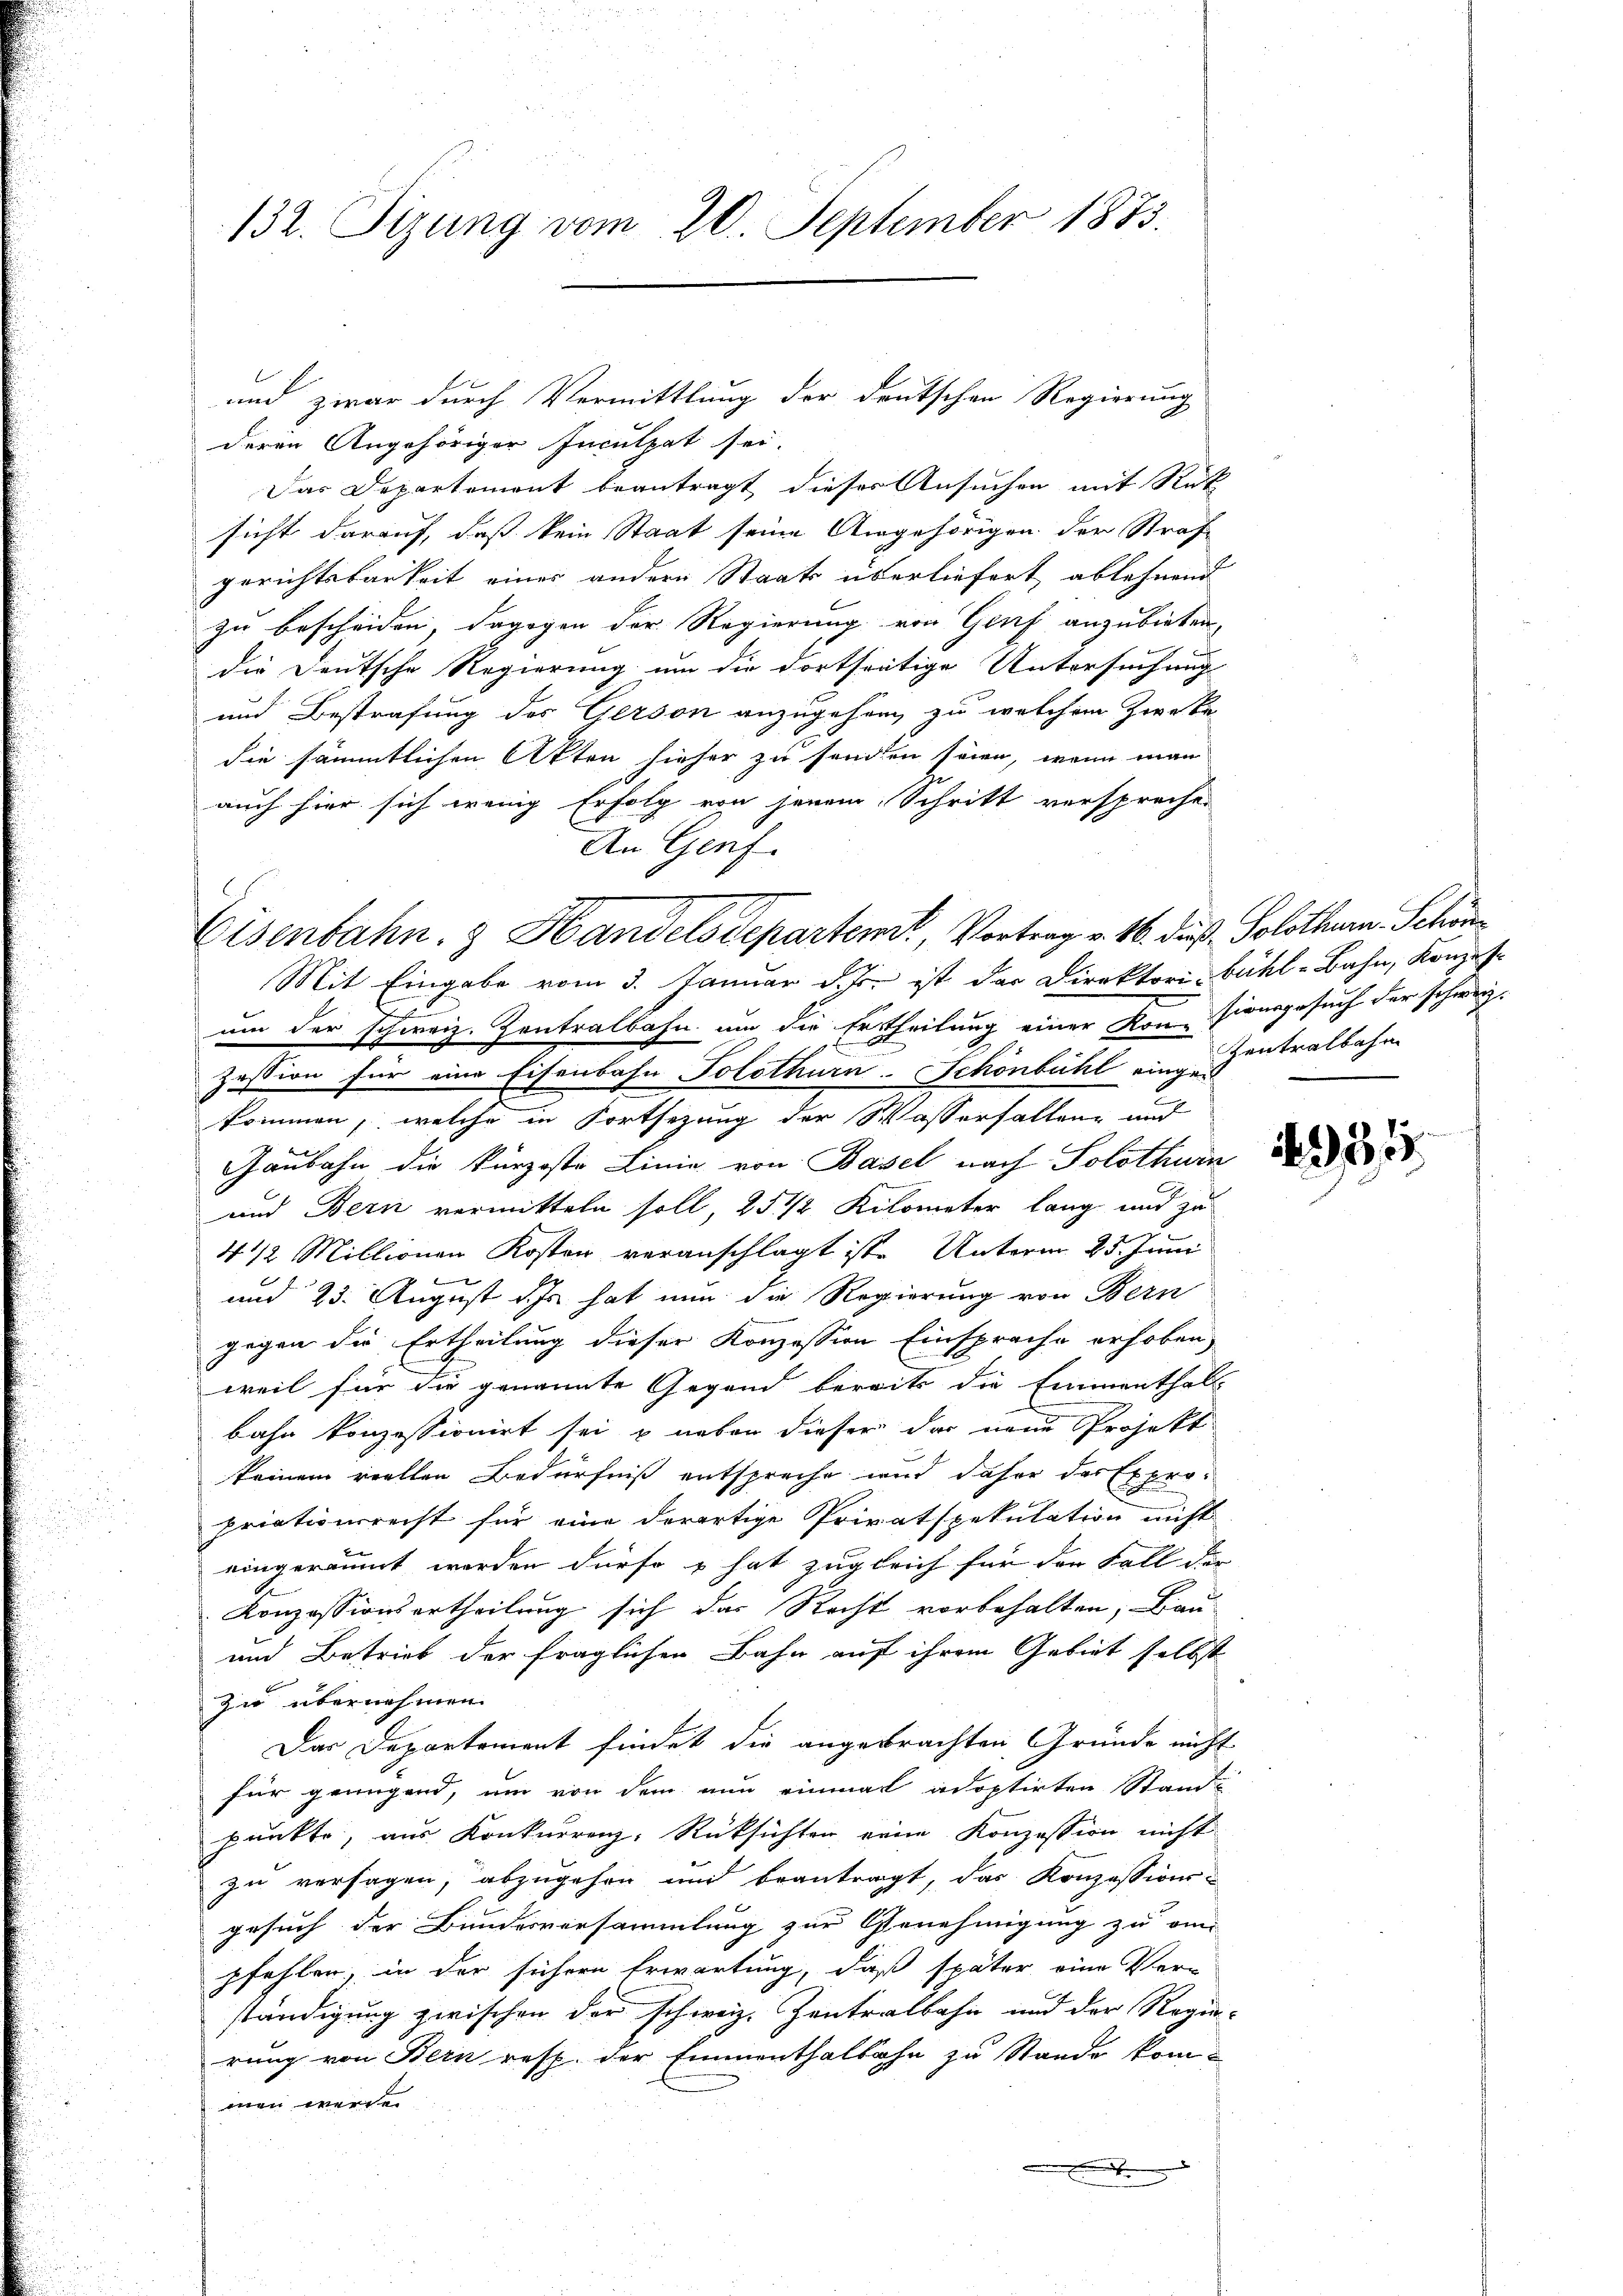
132. Sizung vom 20. September 1883.

deren Angehöriger Inculpat sei.
Das Departement beantragt dieser Ansuchen mit Rück
sicht darauf, daß kein Staat seine Angehörigen der Straf
gerichtsbarkeit einer andern Staats überliefert ablehnend
zu bescheiden, dagegen der Regierung von Genf anzubieten,
die Deutsche Regierung um die dortstätige Untersuchung
und Bestrafung des Gerson anzugehen, zu welchem Zwerke
die sämmtlichen Akten hieher zu senden seien, wenn man
auch hier sich wenig Erfolg von jenem Schritt versprechen
An Genf.
Mit Eingabe vom 3. Januar d. Js. ist der Direktori Bühl-Bahn, Konzes
f
um der schweiz. Zentralbahn um die Ertheilung einer Konsionsgesuch der schweiz.
1
Zession für eine Eisenbahn Solothurn-Schönbühl eingekommen, welche in Fortsezung der Wasserhalteng und
Gaubahn die kürzeste Linie von Basel nach Solothurn
und Bern vermitteln soll, 25 1/2 Kilometer lang und zu
4 1/2 Millionen Kosten veranschlagt ist. Unterm 25. Juni
und 23. August ds hat nun die Regierung von Bern
gegen die Ertheilung dieser Konzession Einsprache erhoben,
weil für die genannte Gegend bereits die Emmenthal-
bahn konzessionirt sei, & neben dieser das neue Projekt
keinem viellen Bedürfniß entspreche wird daher das Expropriationsrecht für eine derartige Privatspekulation nicht
eingeräumt worden dürfe & hat zugleich für den Fall der
Konzessionsertheilung sich das Recht vorbehalten, Bau-
und Betrieb der fraglichen Bahn auf ihrem Gebiet selbst
zu übernehmen.
Das Departement findet die angebrachten Gründe nicht
für genügend, um von dem nun einmal adoptirten Stand-
punkte, aus Konkurrenz, Rücksichten eine Konzession nicht
zu versagen, abzugehen und beantragt, das Konzessions-
gesuch der Bundesversammlung zur Genehmigung zu am
pfehlen, in der sichern Erwartung, daß später eine Ver-
ständigung zwischen der schweiz. Zentralbahn und der Regien-
rung von Bern resp. der Emmenthalbahn zu Stande kommen werden

und zwar durch Vermittlung der deutschen Regierung

Eisenbahn. & Handels Departemt, Vortrag v. 16. dieß. Solothurn, Schöne

Zentralbahn

1515